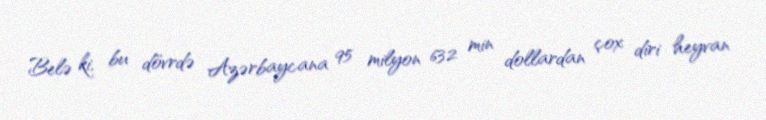
Belə ki, bu dövrdə Azərbaycana 95 milyon 632 min dollardan çox diri heyvan